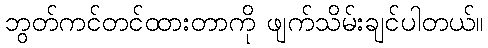
ဘွတ်ကင်တင်ထားတာကို ဖျက်သိမ်းချင်ပါတယ်။